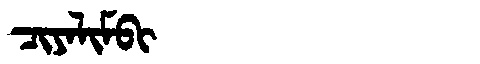
Manchu: ᠴᡳᠶᠠᠯᡳᠮᠪᡳ
Romanization: CIYALIMBI